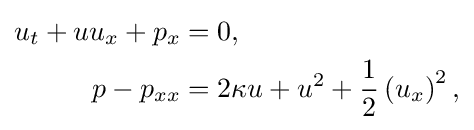
{\begin{aligned}u_{t}+uu_{x}+p_{x}&=0,\\p-p_{xx}&=2\kappa u+u^{2}+{\frac {1}{2}}\left(u_{x}\right)^{2},\end{aligned}}